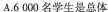
A.6000名学生是总体